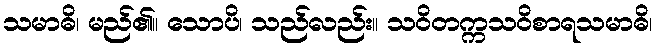
သမာဓိ၊ မည်၏။ သောပိ၊ သည်လည်း။ သဝိတက္ကသဝိစာရသမာဓိ၊